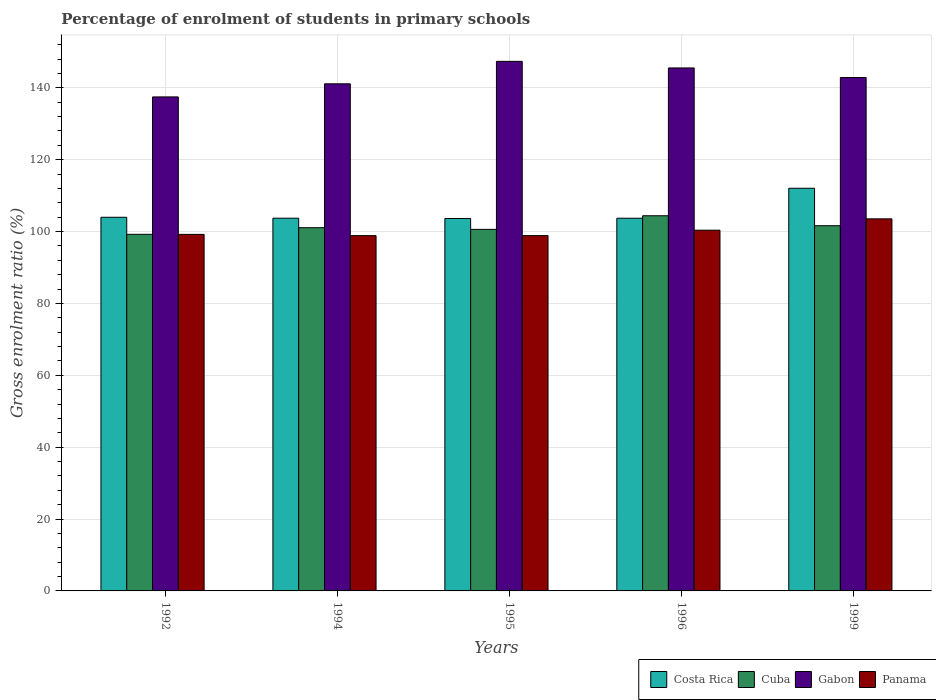
| Years | Costa Rica | Cuba | Gabon | Panama |
 | --- | --- | --- | --- | --- |
 | 1992 | 104 | 99.2 | 137 | 99.2 |
 | 1994 | 104 | 101 | 141 | 98.9 |
 | 1995 | 104 | 101 | 147 | 98.9 |
 | 1996 | 104 | 104 | 146 | 100 |
 | 1999 | 112 | 102 | 143 | 104 |